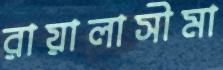
রায়ালাসীমা